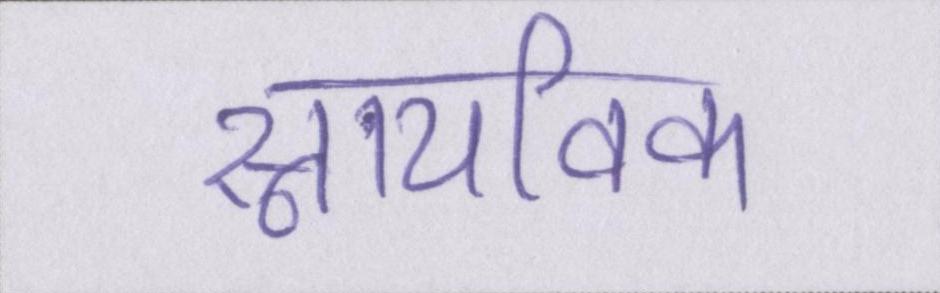
स्नायविक